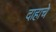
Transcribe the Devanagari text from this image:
दाहाचे